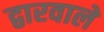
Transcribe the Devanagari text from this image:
द्वारवाले